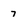
Character: 7